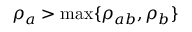
\rho _ { a } > \operatorname* { m a x } \{ \rho _ { a b } , \rho _ { b } \}